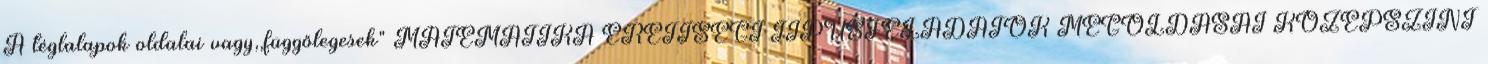
A téglalapok oldalai vagy,,függőlegesek" MATEMATIKA ÉRETTSÉGI TÍPUSFELADATOK MEGOLDÁSAI KÖZÉPSZINT